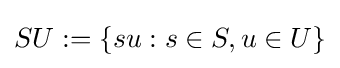
SU:=\{su:s\in S,u\in U\}